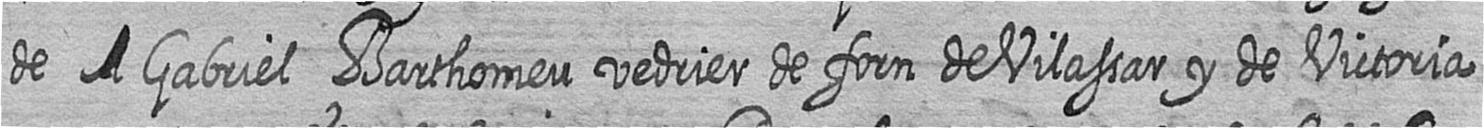
de # Gabriel Barthomeu vedrier de forn de Vilassar y de Victoria